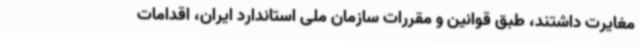
مغایرت داشتند، طبق قوانین و مقررات سازمان ملی استاندارد ایران، اقدامات